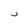
Character: 2